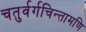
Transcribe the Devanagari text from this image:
चतुर्वर्गचिन्तामणि